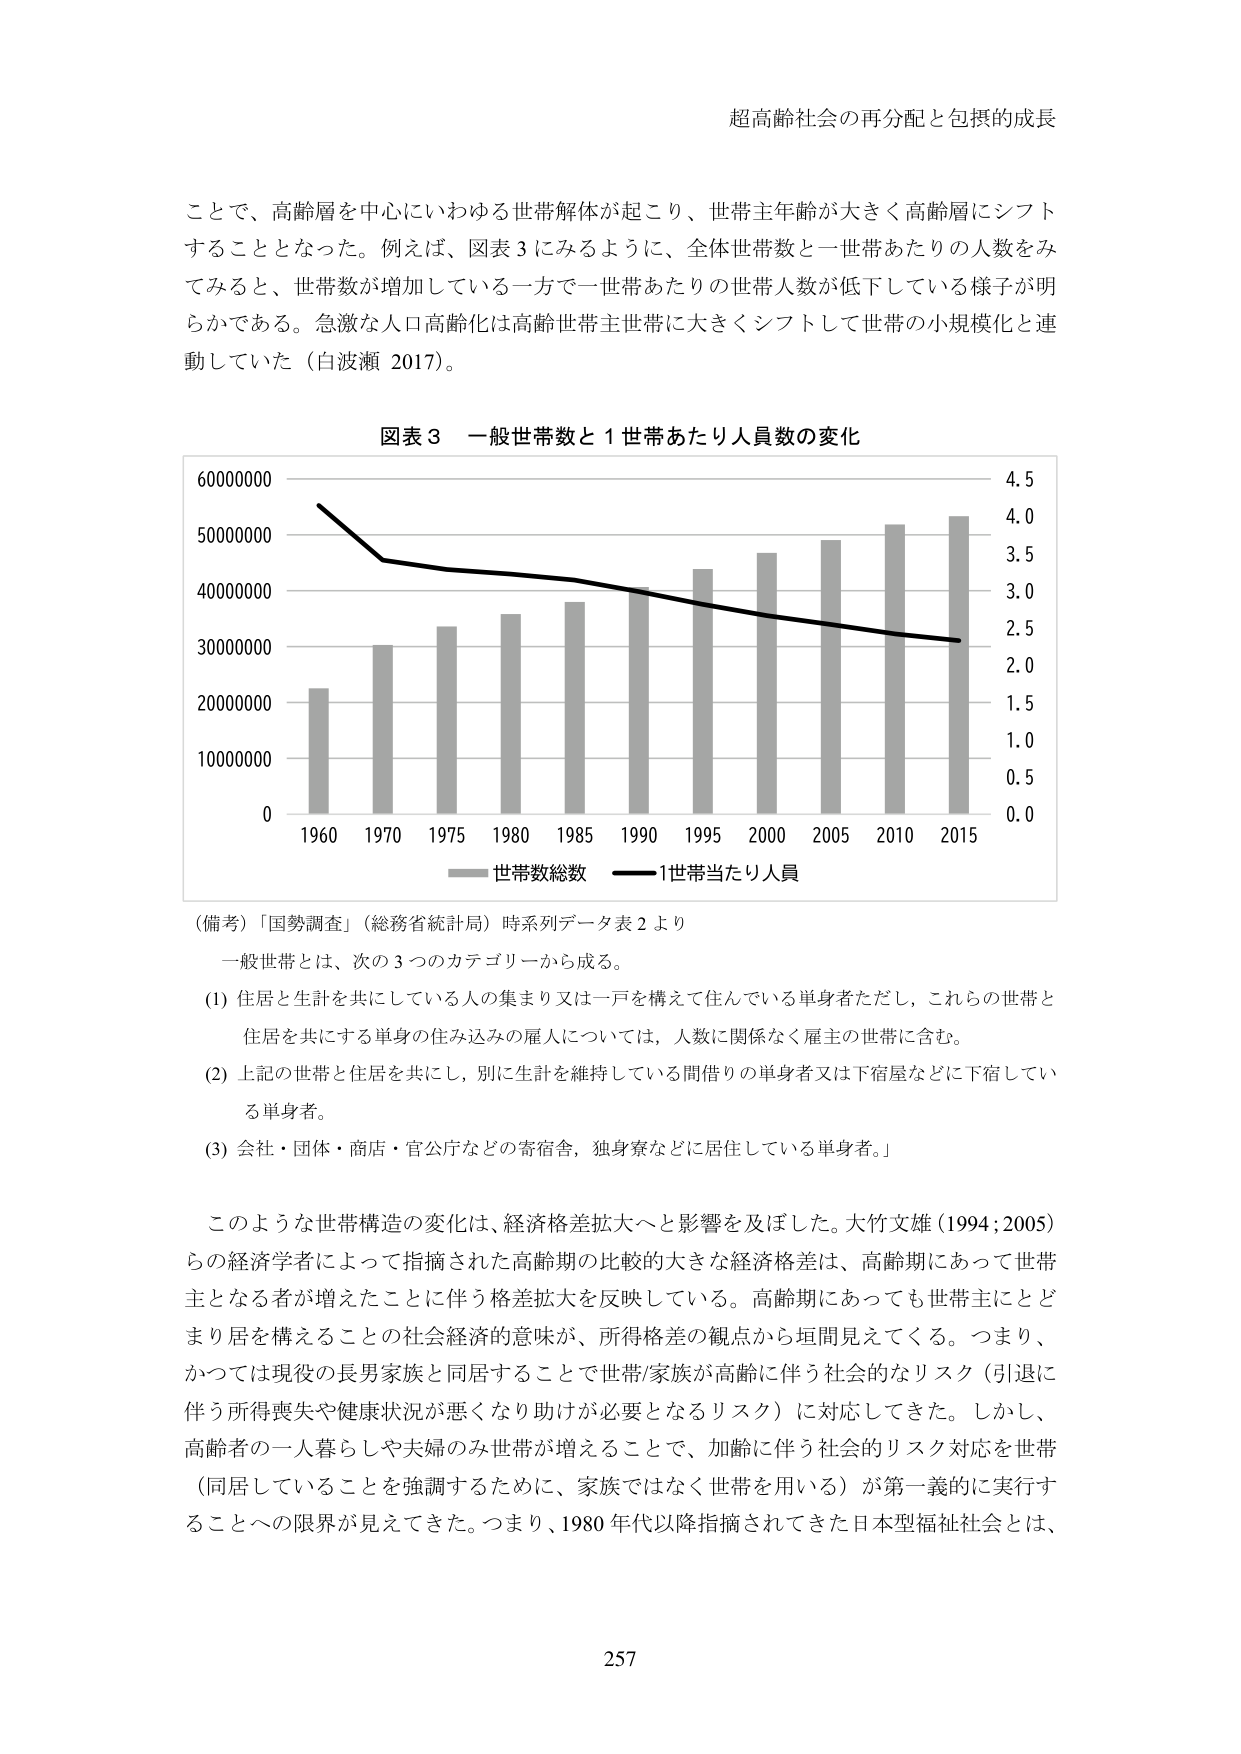
超高齢社会の再分配と包摂的成長

ことで、高齢層を中心にいわゆる世帯解体が起こり、世帯主年齢が大きく高齢層にシフトすることとなった。例えば、図表3にみるように、全体世帯数と一世帯あたりの人数をみてみると、世帯数が増加している一方で一世帯あたりの世帯人数が低下している様子が明らかである。急激な人口高齢化は高齢世帯主世帯に大きくシフトして世帯の小規模化と連動していた（白波瀬 2017）。

図表3 一般世帯数と1世帯あたり人員数の変化

60000000 4.5
50000000 4.0
40000000 3.5
30000000 3.0
20000000 2.5
10000000 2.0
0 1.5
0.5
0.0

1960 1970 1975 1980 1985 1990 1995 2000 2005 2010 2015

―― 世帯数総数 —— 1世帯当たり人員

（備考）「国勢調査」（総務省統計局）時系列データ表2より

一般世帯とは、次の3つのカテゴリーから成る。

(1) 住居と生計を共にしている人の集まり又は一戸を構えて住んでいる単身者ただし、これらの世帯と住居を共にする単身の住み込みの雇人については、人数に関係なく雇主の世帯に含む。

(2) 上記の世帯と住居を共にし、別に生計を維持している間借りの単身者又は下宿屋などに下宿している単身者。

(3) 会社・団体・商店・官公庁などの寄宿舎、独身寮などに居住している単身者。

このような世帯構造の変化は、経済格差拡大へと影響を及ぼした。大竹文雄（1994；2005）らの経済学者によって指摘された高齢期の比較的大きな経済格差は、高齢期にあって世帯主となる者が増えたことに伴う格差拡大を反映している。高齢期にあっても世帯主にとどまり居を構えることの社会経済的意味が、所得格差の観点から垣間見えてくる。つまり、かつては現役の長男家族と同居することで世帯/家族が高齢に伴う社会的なリスク（引退に伴う所得喪失や健康状況が悪くなり助けが必要となるリスク）に対応してきた。しかし、高齢者の一人暮らしや夫婦のみ世帯が増えることで、加齢に伴う社会的リスク対応を世帯（同居していることを強調するために、家族ではなく世帯を用いる）が第一義的に実行することへの限界が見えてきた。つまり、1980年代以降指摘されてきた日本型福祉社会とは、

257